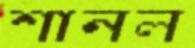
শানল